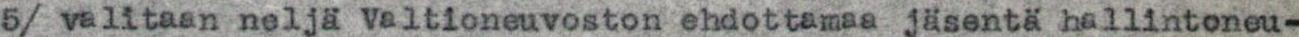
5/ valitaan neljä valtioneuvoston ehdottamaa jäsentä hallintoneu-